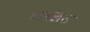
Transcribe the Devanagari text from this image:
बायलस